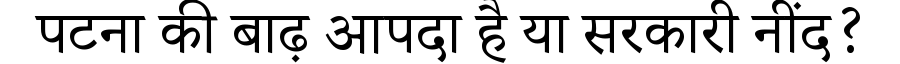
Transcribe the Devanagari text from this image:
पटना की बाढ़ आपदा है या सरकारी नींद?